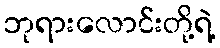
ဘုရားလောင်းတို့ရဲ့